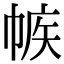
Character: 𢃨